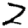
Digit: 2